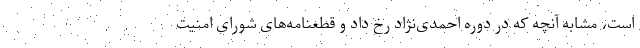
است، مشابه آنچه که در دوره احمدی‌نژاد رخ داد و قطعنامه‌های شورای امنیت